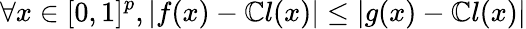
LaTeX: \forall x\in[0,1]^{p},|f(x)-\mathbb{C}l(x)|\leq|g(x)-\mathbb{C}l(x)|